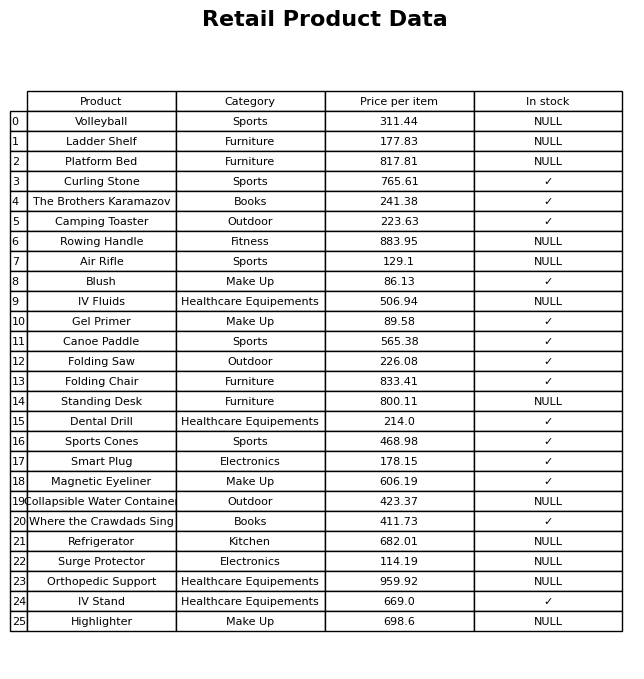
question: What is the stock status of the Smart Plug?
answer: ✓